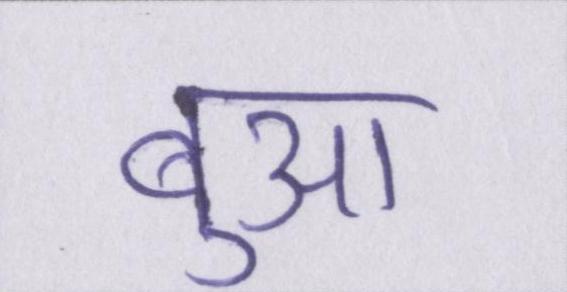
बुआ